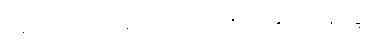
။အဘိ-၁-ပါ-၉၄။ ။၄-ပါ-၃၂၃။ ။အနုသယနိဒ္ဒေသ၊